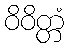
ဝိဝိတ္တံ